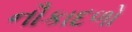
નૌકાદળો